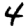
Digit: 4